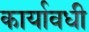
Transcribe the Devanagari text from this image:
कार्यावधी